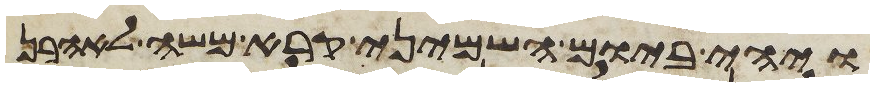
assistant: ויהי ביום השמיני קרא משה לאהרן